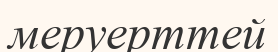
меруерттей